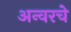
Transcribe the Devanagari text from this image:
अन्वरचे